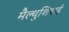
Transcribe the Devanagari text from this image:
मैल्थुशियाई